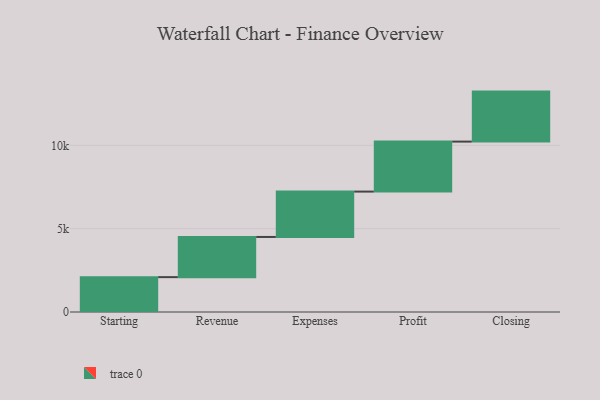
{"axis": {"x": "Step", "y": "Value"}, "legend": [""], "data": [{"x": "Starting", "y": 2092.0, "type": ""}, {"x": "Revenue", "y": 2411.0, "type": ""}, {"x": "Expenses", "y": 2722.0, "type": ""}, {"x": "Profit", "y": 3000, "type": ""}, {"x": "Closing", "y": 3000, "type": ""}]}